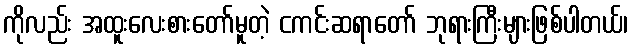
ကိုလည်း အထူးလေးစားတော်မူတဲ့ ငကင်းဆရာတော် ဘုရားကြီးများဖြစ်ပါတယ်၊